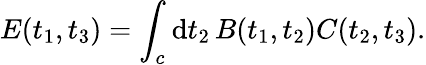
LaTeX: E(t_{1},t_{3})=\int_{c}\mathrm{d}t_{2}\, B(t_{1},t_{2})C(t_{2},t_{3}).